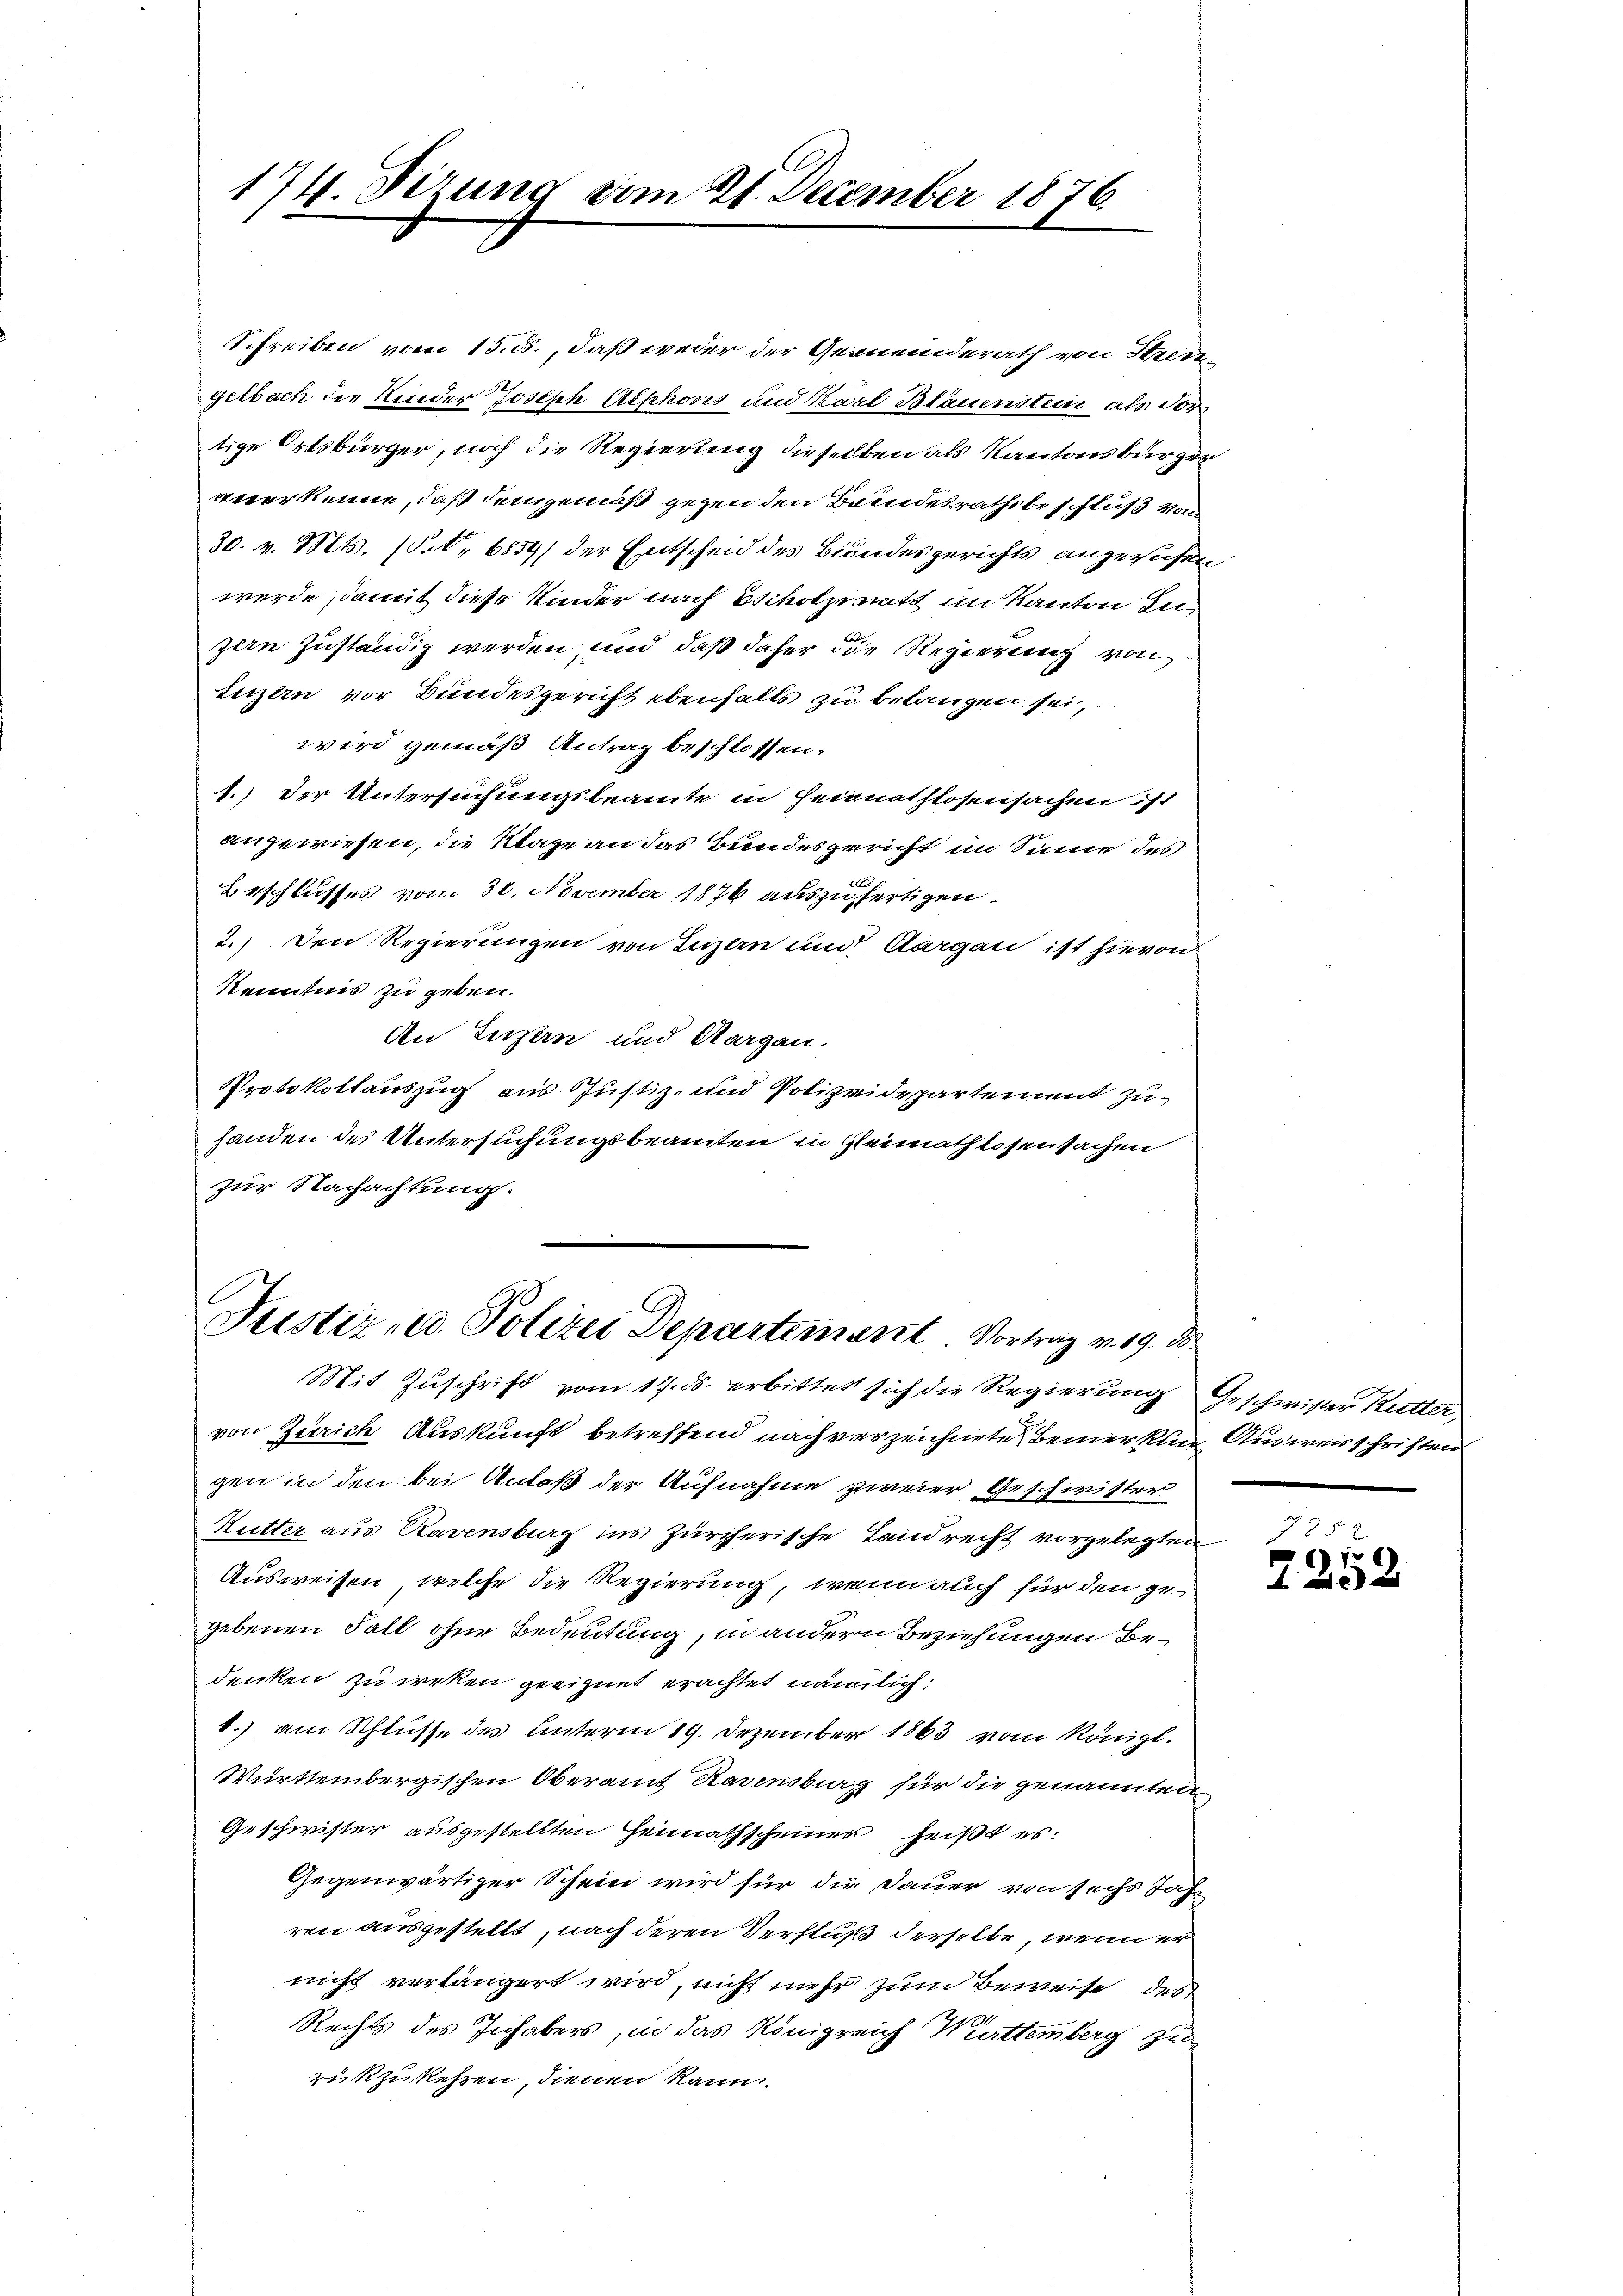
174. Fizung vom 21. December 1876

Schreiben vom 15. ds., daß weder der Gemeinderath von Streigelbach die Kinder Joseph Alphons und Karl Blauenstein als Vor
tige Ortsbürger, noch die Regierung dieselben als Kantonsbürger
veter kenne, daß demgemäß gegen den Brindesrathsbeschluß von
30. v. Mts. (S. 6559) der Entscheid des Bundesgerichts angeruhen,
werde, damit diese Kinder nach scholz nitt im Kanton Leizern zuständig werden, und daß daher die Regierung von
Luzern vor Bundesgericht ebenfalls zu belangen sei,
wird gemäß Antrag beschlossen.
1.) Der Untersuchungsbeamte in Heinnathlosensachen ist
angewiesen, die Klage an das Bundesgericht im Sinne des
Beschlusses vom 30. November 1876 auszufertigen.
2.) Den Regierungen von Luzern und Aargau ist hievon
Kenntnis zu geben.
An Luzern und Aargau.
Protokollauszug aus Justiz- und Polizeidepartement zu
handen des Untersuchungsbeamten in Gleimathlosen sachen
zur Nachachtung.
Justiz- u. Polizei Departement. Vortrag v. 19. 80.
Mit Zuschrift vom 17. ds. erbittet sich die Regierung Geschwister Kutter,
von Zürich Auskunft betreffend nach verzeichnete Bemerkung Ausweisschriften
gen in den bei Anlaß der Aufnahme zweier Geschwister
Kutter aus Ravensburg ins Zürcherische Landrecht vorgelegten
Ausweisen, welche die Regierung, wenn auch für den gegebenen Fall ohne Bedeutung, in andern Beziehungen Bedenken zu weken geeignet erachtet nämlich:
1.) am Schlusse des Unterm 19. Dezember 1863 vom Königl.
Württembergischen Oberamt Ravensburg für die genannten
Geschwister ausgestellten Heimathscheines heißt es.
Gegenwärtiger Schein wird für die Dauer von sechs Jah
ren ausgestellt, nach deren Verfluß derselbe, wenn er
nicht verlängert wird, nicht mehr zum Beweise des
d
Rechts des Inhabers, in das Königreich Württemberg zu
rükzukehren, dienen kann.

.
7252